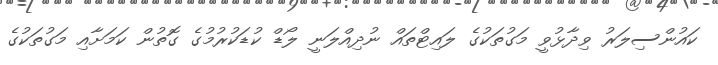
ކައުންސިލަރު ވިދާޅުވީ މަގުތަކުގެ ލައިޓްތައް ނުދިއްލަނީ ލޯޑް ކުޑަކުރުމުގެ ގޮތުން ކަމަށާއި މަގުތަކުގެ